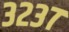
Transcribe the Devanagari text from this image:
३२३७